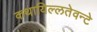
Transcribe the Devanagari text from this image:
कथायिल्‍लतेवन्‍टे